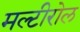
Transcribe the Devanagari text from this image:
मल्टीरोल